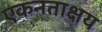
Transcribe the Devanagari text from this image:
एकनताक्षय